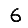
Digit: 6